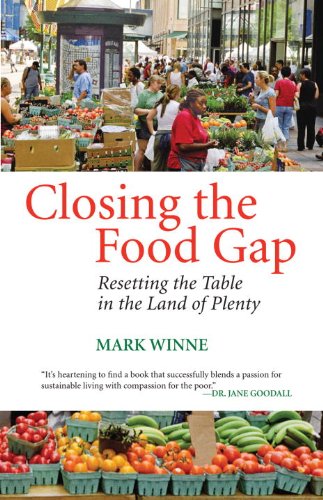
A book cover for Closing the Food Gap: Resetting the Table in the Land of Plenty; Mark Winne; Medical Books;